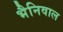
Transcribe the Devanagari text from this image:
भैनिवाल